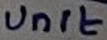
Text: Unit